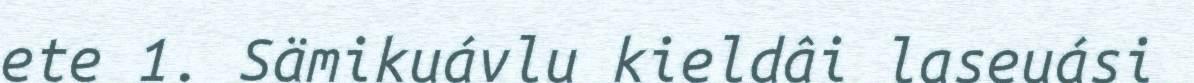
ete 1. Sämikuávlu kieldâi laseuási